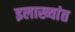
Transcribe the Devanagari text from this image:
इलाख्यांत